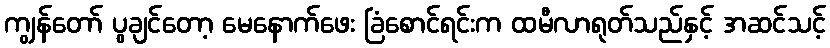
ကျွန်တော် ပွချင်တော့ မေနောက်ဖေး ခြံစောင်ရင်းက ထမီလာရုတ်သည်နှင့် အဆင်သင့်